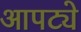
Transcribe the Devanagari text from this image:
आपट्ये